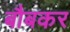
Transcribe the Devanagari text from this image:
बौबकर